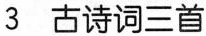
3 古诗词三首